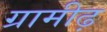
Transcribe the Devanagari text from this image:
ग्रामीढ़